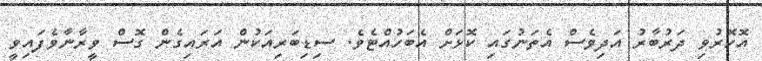
އޮހޮރުވި ދަރުބާރު އަދިވެސް އެތަނުގައި ކޮޅަށް އެބަހުއްޓެވެ. ސިޑިބަރިއަކުން އަރައިގެން ގޮސް ވީރާނާވެފައިވީ